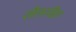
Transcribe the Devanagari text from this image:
शीलरक्षित